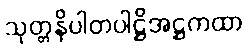
သုတ္တနိပါတပါဋ္ဌိအဋ္ဌကထာ